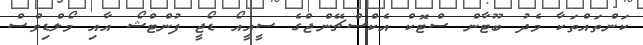
ކަންތައްތަކާ މެދު ބޫޓާން ސްޓޮކް އެކްސްޗޭންޖްގެ ސީއީއޯ ޑޯޖީ ފުންޓްޝޯ އާއި މޯލްޑިވްސް